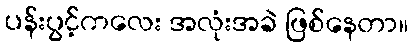
ပန်းပွင့်ကလေး အလုံးအခဲ ဖြစ်နေတာ။